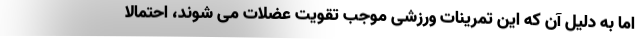
اما به دلیل آن که این تمرینات ورزشی موجب تقویت عضلات می شوند، احتمالا